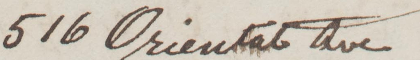
516 Oriental Ave